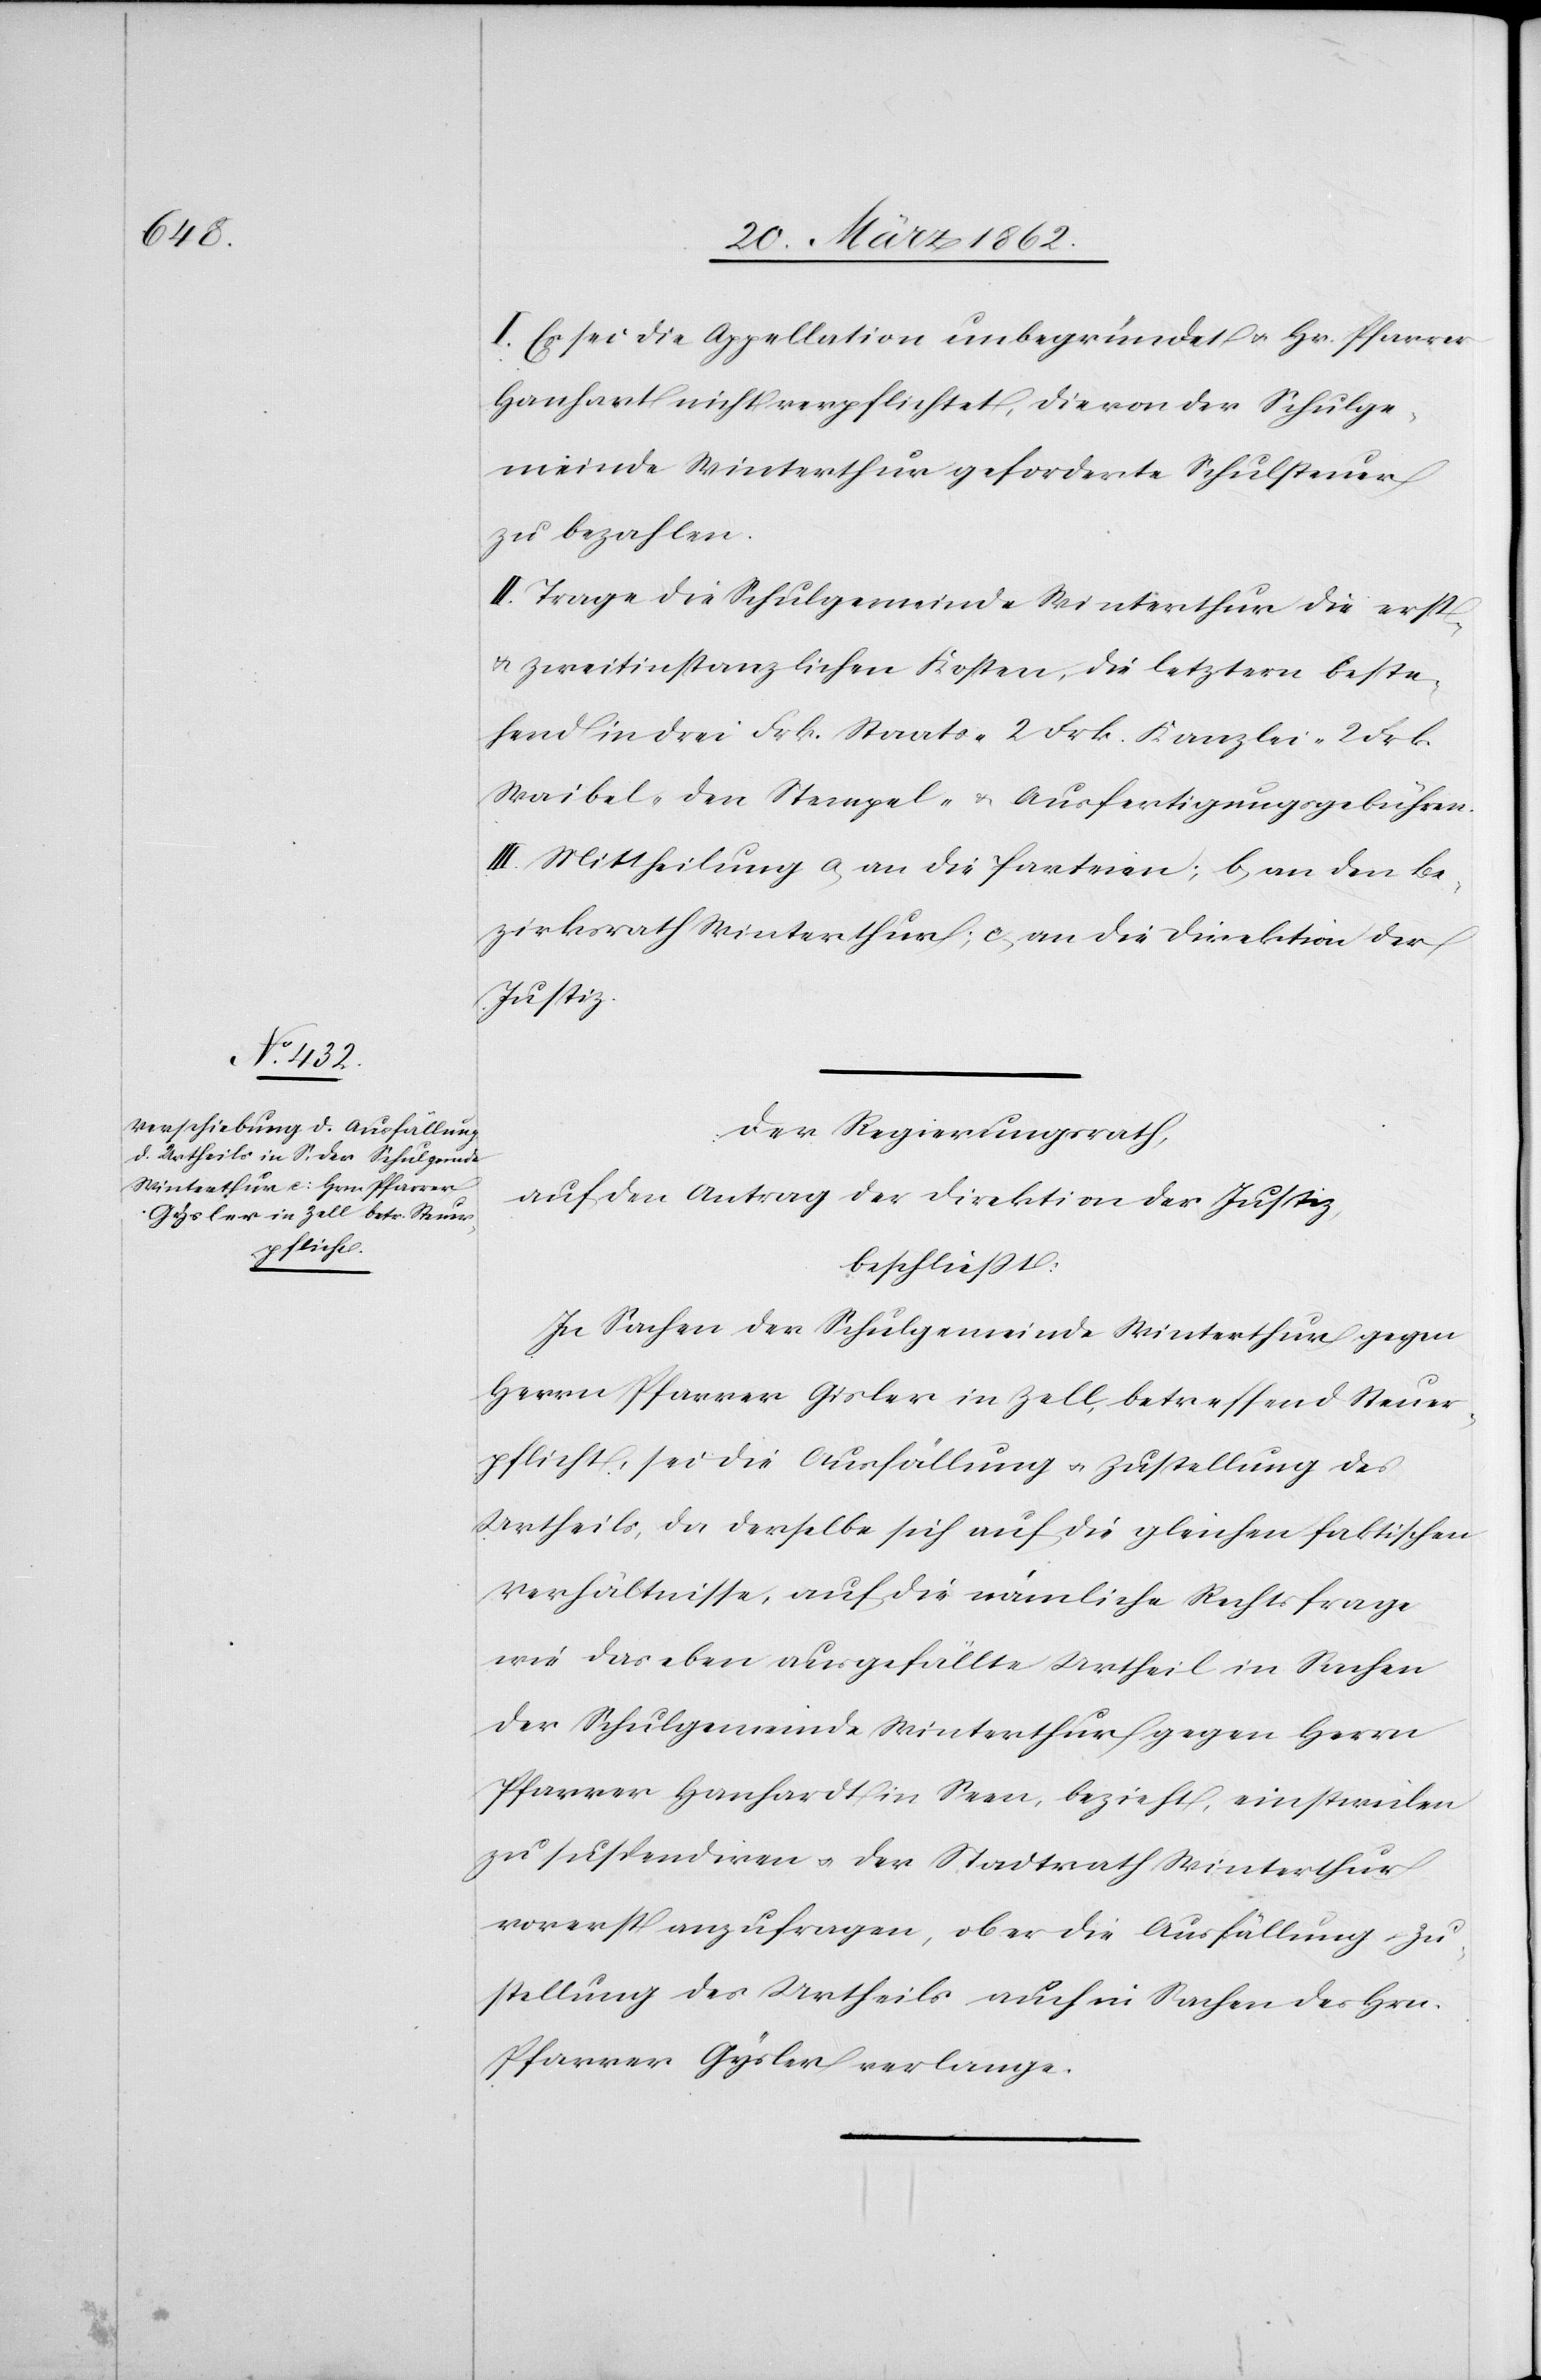
I. Es sei die Appellation unbegründet u. Hr. Pfarrer
Hanhart nicht verpflichtet, die von der Schulge¬
meinde Winterthur geforderte Schulsteuer
zu bezahlen.
II. Trage die Schulgemeinde Winterthur die erst-
& zweitinstanzlichen Kosten, die letztern beste¬
hend in drei Frk. Staats- 2 Frk. Kanzlei- 2 Frk.
Waibel- den Stempel- & Ausfertigungsgebühren.
III. Mittheilung a) an die Parteien; b) an den Be¬
zirksrath Winterthur; c) an die Direktion der
Justiz.
Der Regierungsrath,
auf den Antrag der Direktion der Justiz,
beschließt:
In Sachen der Schulgemeinde Winterthur gegen
Herrn Pfarrer Gisler [sic!] in Zell, betreffend Steuer¬
pflicht, sei die Ausfällung u. Zustellung des
Urtheils, da derselbe sich auf die gleichen faktischen
Verhältnisse, auf die nämliche Rechtsfrage
wie das eben ausgefällte Urtheil in Sachen
der Schulgemeinde Winterthur gegen Herrn
Pfarrer Hanhart in Seen, bezieht, einstweilen
zu suspendiren u. der Stadtrath Winterthur
vorerst anzufragen, ob er die Ausfällung u. Zu¬
stellung des Urtheils auch in Sachen des Hrn.
Pfarrer Gysler verlange.